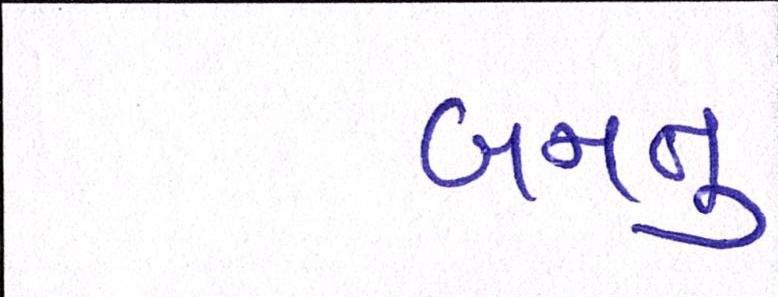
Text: બનતુ